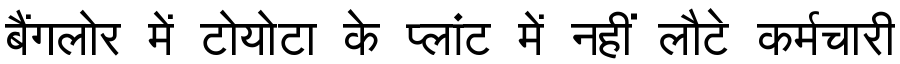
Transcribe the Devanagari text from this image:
बैंगलोर में टोयोटा के प्लांट में नहीं लौटे कर्मचारी